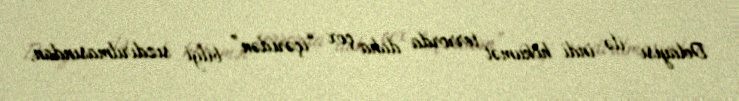
Dolayısı ilə indi hökumət terrorda daha çox “içəridən” bilgi sızdırılmasından,